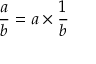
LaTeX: { \frac { a } { b } } = a \times { \frac { 1 } { b } }